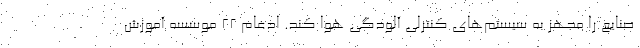
صنایع را مجهز به سیستم‌های کنترلی آلودگی هوا کند. ادغام ۲۲ موسسه آموزش